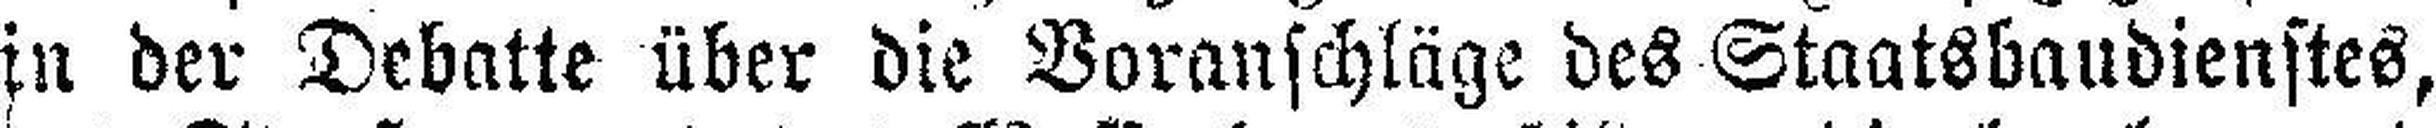
in der Debatte über die Voranschläge des Staatsbaudienstes,